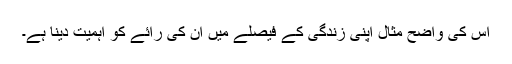
اس کی واضح مثال اپنی زندگی کے فیصلے میں ان کی رائے کو اہمیت دینا ہے۔